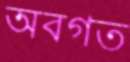
অবগত